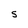
Character: S